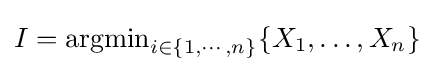
I=\operatorname {argmin} _{i\in \{1,\dotsb ,n\}}\{X_{1},\dotsc ,X_{n}\}